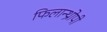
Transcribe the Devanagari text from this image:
फिलान्थ्रोपी